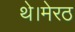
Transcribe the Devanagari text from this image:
थे।मेरठ